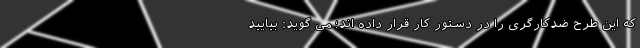
که این طرح ضدکارگری را در دستور کار قرار داده اند؛ می گوید: بیایید